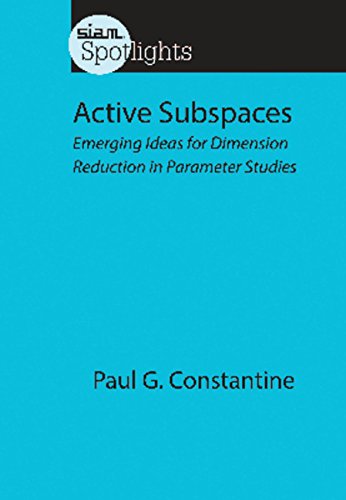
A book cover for Active Subspaces: Emerging Ideas for Dimension Reduction in Parameter Studies; Paul G. Constantine; Science & Math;